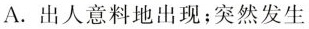
A.出人意料地出现；突然发生